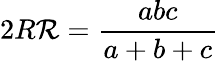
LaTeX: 2R\mathcal{R}={\frac{{abc}}{{a+b+c}}}